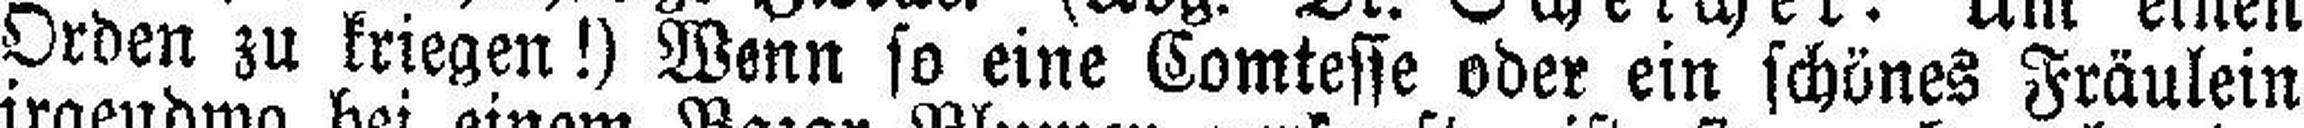
Orden zu kriegen!) Wenn so eine Comtesse oder ein schönes Fräulein